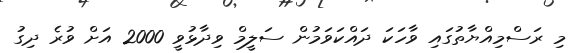
މި ރަސްމިއްޔާތުގައި ވާހަކަ ދަައްކަވަމުން ސަލީމް ވިދާޅުވީ 2000 އަށް ވުރެ ދިގު